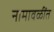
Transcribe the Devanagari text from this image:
नामावळींत